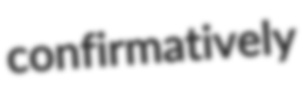
confirmatively